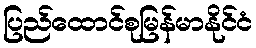
ပြည်ထောင်စုမြန်မာနိုင်ငံ